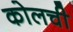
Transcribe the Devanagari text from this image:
कोलची